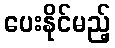
ပေးနိုင်မည့်